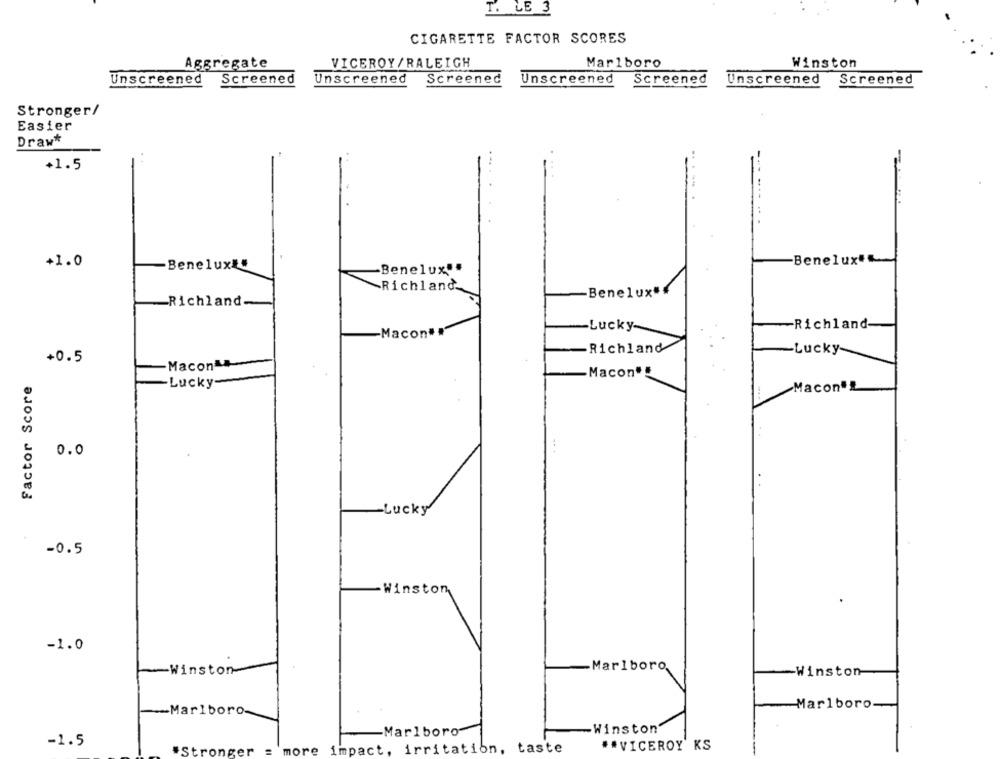
T. LE 3
CIGARETTE FACTOR SCORES
Aggregate
VICEROY/RALEIGH
Marlboro
Winston
Unscreened
Screened
Unscreened
Screened
Unscreened
Screened
Unscreened
Screened
Stronger/
Easier
Draw*
+1.5
+1.0
-Benelux##
Beneluxt
-Benelux".
Richland
Benelux"
-Richland-
Lucky-
-Richland-
-Macon# #
Richland
Lucky-
+0.5
-Macon
Macon"
Factor Score
-Lucky
Macon"!
0.0
-Lucky
-0.5
-Winston
-1.0
Marlboro,
Winston
-Winston
Marlboro.
-Marlboro-
-Marlboro-
-Winston
-1.5
*Stronger = more impact, irritation, taste
** VICEROY KS